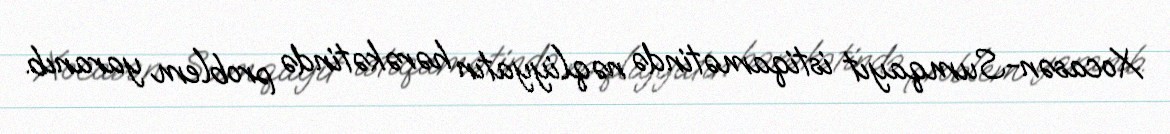
Xocasən-Sumqayıt istiqamətində nəqliyyatın hərəkətində problem yaranıb.